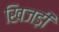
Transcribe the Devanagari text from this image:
खिजड़ी